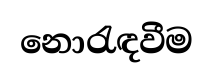
නොරැඳවීම